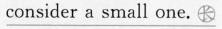
\underline{consider a small one.长}